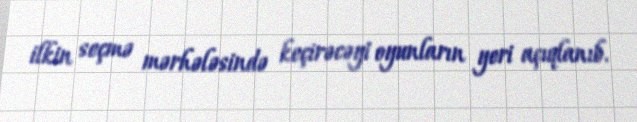
ilkin seçmə mərhələsində keçirəcəyi oyunların yeri açıqlanıb.